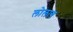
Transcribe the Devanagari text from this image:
लोलाब